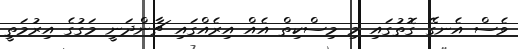
ވެސް އެނގޭ ގޮތުގައި މި މިސްކިތް އެއް އިރެއްގައި ޗާންދަނީ މަގުގެ އިރުމަތީ